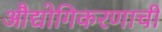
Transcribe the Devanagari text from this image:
औद्योगिकरणाची